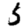
Digit: 5